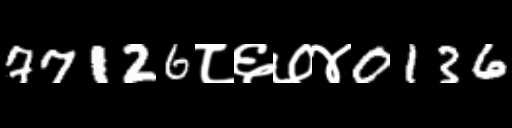
Text: 77126८६७४0136